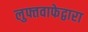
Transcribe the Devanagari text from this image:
लुफ्तवाफेद्वारा